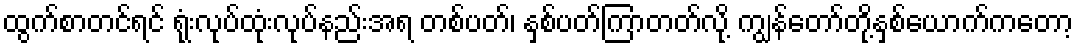
ထွက်စာတင်ရင် ရုံးလုပ်ထုံးလုပ်နည်းအရ တစ်ပတ်၊ နှစ်ပတ်ကြာတတ်လို့ ကျွန်တော်တို့နှစ်ယောက်ကတော့